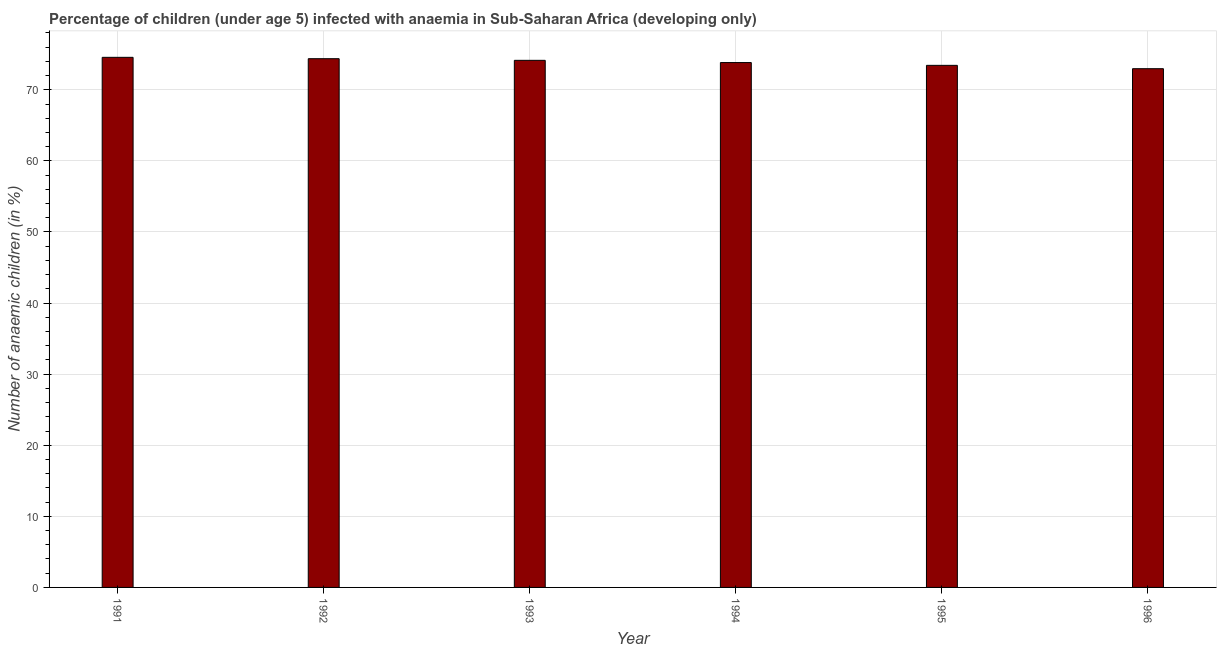
| Year | Prevalence of anemia among children |
 | --- | --- |
 | 1991 | 74.6 |
 | 1992 | 74.4 |
 | 1993 | 74.1 |
 | 1994 | 73.8 |
 | 1995 | 73.4 |
 | 1996 | 73 |